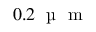
0 . 2 \; \mathrm { ~ \textmu ~ } \mathrm { ~ m ~ }